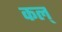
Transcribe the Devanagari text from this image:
कल्